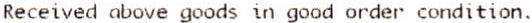
RECEIVED ABOVE GOODS IN GOOD ORDER CONDITION.